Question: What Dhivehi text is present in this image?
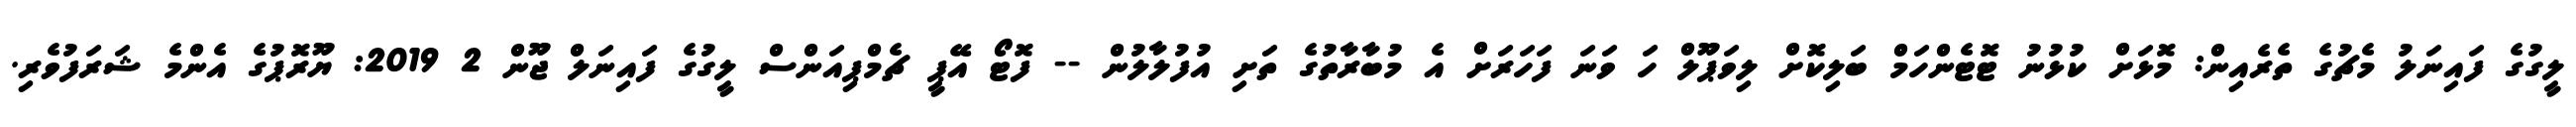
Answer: ލީގުގެ ފައިނަލު މެޗުގެ ތެރެއިން: މޮޅަށް ކުޅުނު ޓޮޓެންހަމް ބަލިކޮށް ލިވަޕޫލް ހަ ވަނަ ފަހަރަށް އެ މުބާރާތުގެ ތަށި އުފުލާލުން -- ފޮޓޯ އޭޕީ ޗެމްޕިއަންސް ލީގުގެ ފައިނަލް ޖޫން 2 2019: ޔޫރޮޕުގެ އެންމެ ޝަރަފުވެރި.